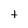
Character: t